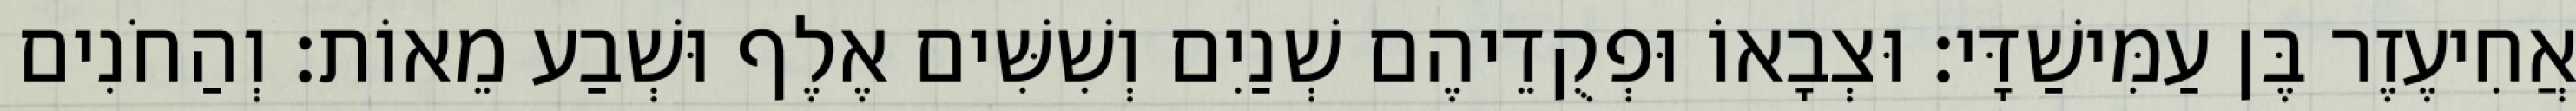
אֲחִיעֶזֶר בֶּן עַמִּישַׁדָּי׃ וּצְבָאוֹ וּפְקֻדֵיהֶם שְׁנַיִם וְשִׁשִּׁים אֶלֶף וּשְׁבַע מֵאוֹת׃ וְהַחֹנִים